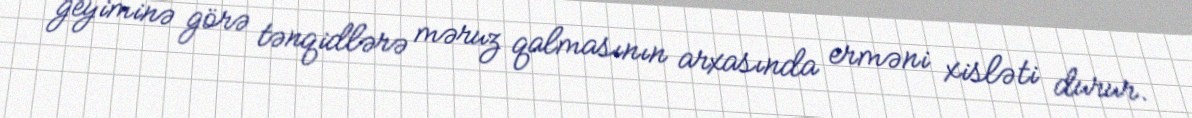
geyiminə görə tənqidlərə məruz qalmasının arxasında erməni xisləti durur.